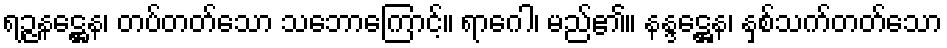
ရဉ္ဇနဋ္ဌေန၊ တပ်တတ်သော သဘောကြောင့်။ ရာဂေါ၊ မည်၏။ နန္ဒဋ္ဌေန၊ နှစ်သက်တတ်သော